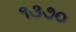
૧૩૭૦